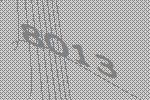
8013